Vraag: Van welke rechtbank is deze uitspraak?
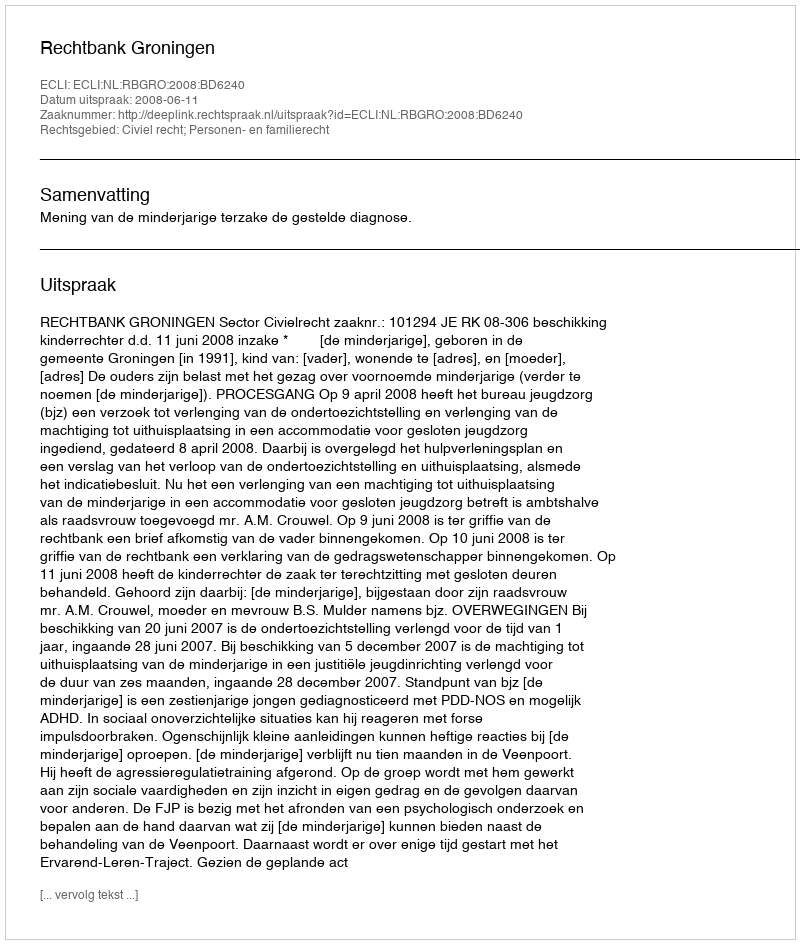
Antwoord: Rechtbank Groningen